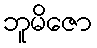
ဘူမိဇော